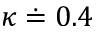
\kappa \doteq 0 . 4